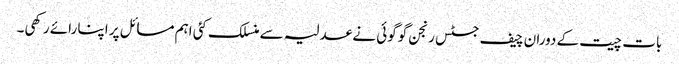
بات چیت کے دوران چیف جسٹس رنجن گوگوئی نے عدلیہ سے منسلک کئی اہم مسائل پر اپنا رائے رکھی۔